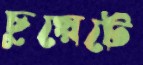
চুয়েটে